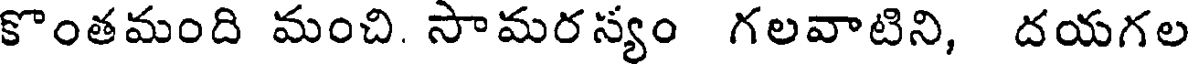
కొంతమంది మంచి. సామరస్యం గలవాటిని, దయగల